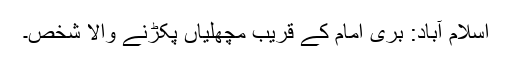
اسلام آباد: بری امام کے قریب مچھلیاں پکڑنے والا شخص۔